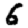
Digit: 6